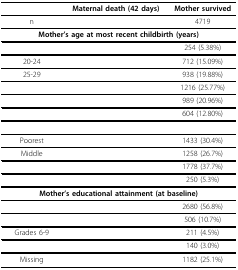
<table><thead><tr><td>[EMPTY_CELL]</td><td><b>Maternal death (42 days)</b></td><td><b>Mother survived</b></td></tr></thead><tbody><tr><td>n</td><td>[EMPTY_CELL]</td><td>4719</td></tr><tr><td colspan="3"><b>Mother’s age at most recent childbirth (years)</b></td></tr><tr><td>[EMPTY_CELL]</td><td>[EMPTY_CELL]</td><td>254 (5.38%)</td></tr><tr><td>20-24</td><td>[EMPTY_CELL]</td><td>712 (15.09%)</td></tr><tr><td>25-29</td><td>[EMPTY_CELL]</td><td>938 (19.88%)</td></tr><tr><td>[EMPTY_CELL]</td><td>[EMPTY_CELL]</td><td>1216 (25.77%)</td></tr><tr><td>[EMPTY_CELL]</td><td>[EMPTY_CELL]</td><td>989 (20.96%)</td></tr><tr><td>[EMPTY_CELL]</td><td>[EMPTY_CELL]</td><td>604 (12.80%)</td></tr><tr><td colspan="3">[EMPTY_CELL]</td></tr><tr><td>Poorest</td><td>[EMPTY_CELL]</td><td>1433 (30.4%)</td></tr><tr><td>Middle</td><td>[EMPTY_CELL]</td><td>1258 (26.7%)</td></tr><tr><td>[EMPTY_CELL]</td><td>[EMPTY_CELL]</td><td>1778 (37.7%)</td></tr><tr><td>[EMPTY_CELL]</td><td>[EMPTY_CELL]</td><td>250 (5.3%)</td></tr><tr><td colspan="3"><b>Mother’s educational attainment (at baseline)</b></td></tr><tr><td>[EMPTY_CELL]</td><td>[EMPTY_CELL]</td><td>2680 (56.8%)</td></tr><tr><td>[EMPTY_CELL]</td><td>[EMPTY_CELL]</td><td>506 (10.7%)</td></tr><tr><td>Grades 6-9</td><td>[EMPTY_CELL]</td><td>211 (4.5%)</td></tr><tr><td>[EMPTY_CELL]</td><td>[EMPTY_CELL]</td><td>140 (3.0%)</td></tr><tr><td>Missing</td><td>[EMPTY_CELL]</td><td>1182 (25.1%)</td></tr></tbody></table>